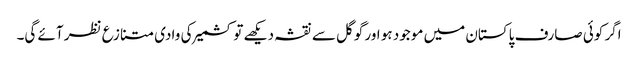
اگر کوئی صارف پاکستان میں موجود ہو اور گوگل سے نقشہ دیکھے تو کشمیر کی وادی متنازع نظر آئے گی۔